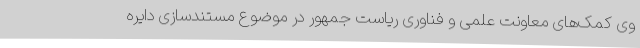
وی کمک‌های معاونت علمی و فناوری ریاست جمهور در موضوع مستندسازی دایره